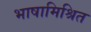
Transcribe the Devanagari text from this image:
भाषामिश्रित